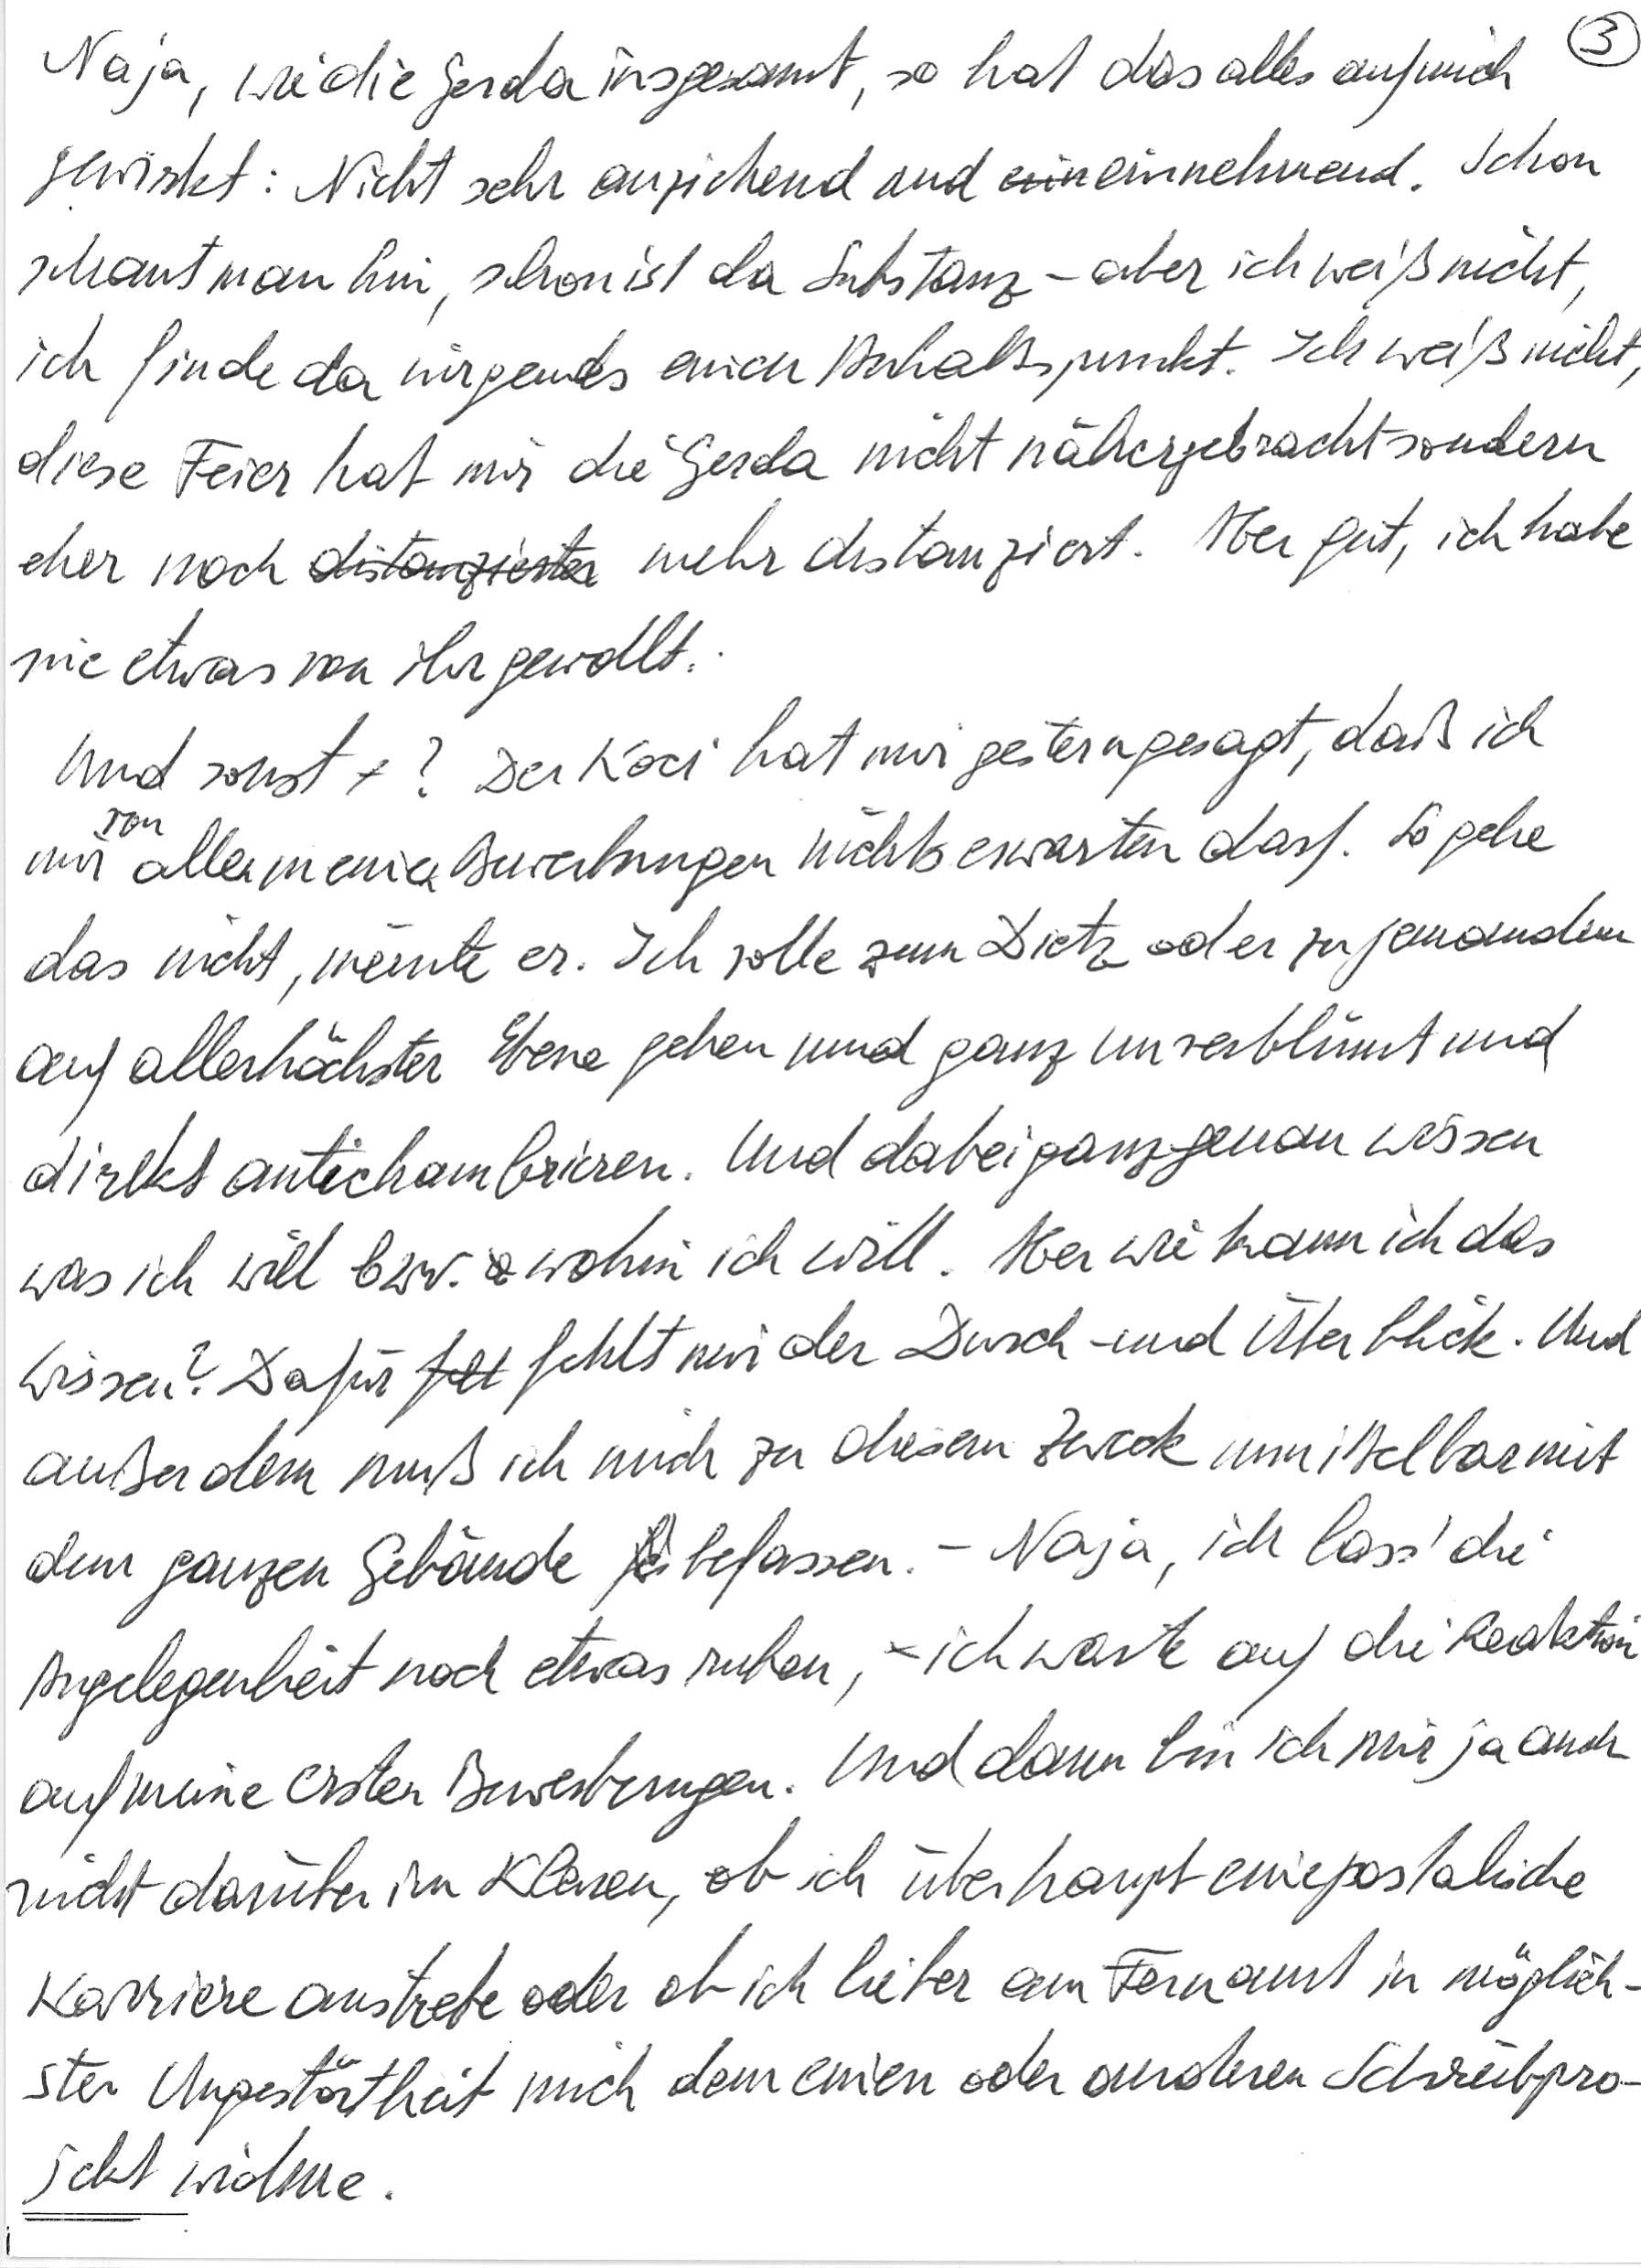
Naja, wie die Gerda insgesamt, so hat das alles auf mich
gewirkt: Nicht sehr anziehend und einnehmend. Schon
schaut man hin, schon ist da Substanz – aber ich weiß nicht,
ich finde da nirgends einen Anhaltspunkt. Ich weiß nicht,
diese Feier hat mir die Gerda nicht nähergebracht sondern
eher noch mehr distanziert. Aber gut, ich habe
nie etwas von ihr gewollt.
Und sonst? Der Koci hat mir gestern gesagt, daß ich
mir von allen meinen Bewerbungen nichts erwarten darf. So gehe
das nicht, meinte er. Ich solle zum Dietz oder zu jemandem
auf allerhöchster Ebene gehen und ganz unverblümt und
direkt antichambrieren. Und dabei ganz genau wissen
was ich will bzw. wohin ich will. Aber wie kann ich das
wissen? Dafür fehlt mir der Durch- und Überblick. Und
außerdem muß ich mich zu diesem Zweck unmittelbar mit
dem ganzen Gebäude befassen. – Naja, ich lass‘ die
Angelegenheit noch etwas ruhen, ich warte auf die Reaktion
auf meine ersten Bewerbungen. Und dann bin ich mir ja auch
nicht darüber im Klaren, ob ich überhaupt eine postalische
Karriere anstrebe oder ob ich lieber am Fernamt in möglich-
ster Ungestörtheit mich dem einen oder anderen Schreibpro-
jekt widme.